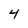
Character: 4